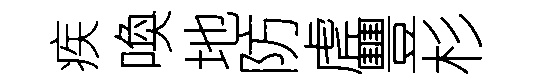
疾喚地防虗豐杉